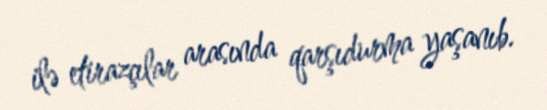
ilə etirazçılar arasında qarşıdurma yaşanıb.